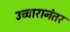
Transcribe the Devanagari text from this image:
उच्चारानंतर